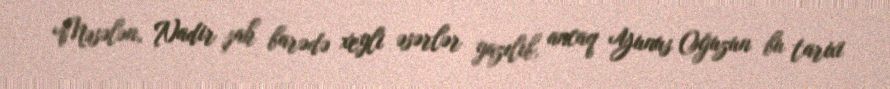
Məsələn, Nadir şah barədə xeyli əsərlər yazılıb, ancaq Yunus Oğuzun bu tarixi